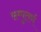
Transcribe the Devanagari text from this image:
सम्पुतर्ण